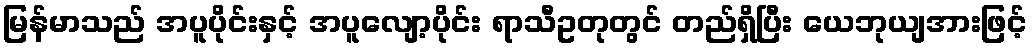
မြန်မာသည် အပူပိုင်းနှင့် အပူလျော့ပိုင်း ရာသီဥတုတွင် တည်ရှိပြီး ယေဘုယျအားဖြင့်